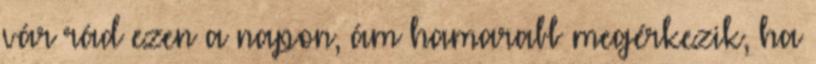
vár rád ezen a napon, ám hamarabb megérkezik, ha